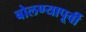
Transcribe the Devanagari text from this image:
बोलण्यापूर्वी